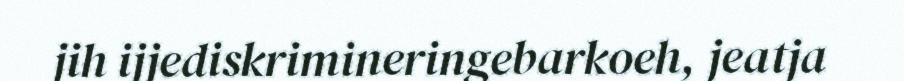
jih ijjediskrimineringebarkoeh, jeatja